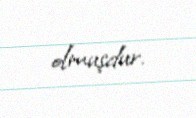
olmuşdur.